Civil Veterinary Department Bengal reports 1923-33 - 1923-1933
Year: 1923
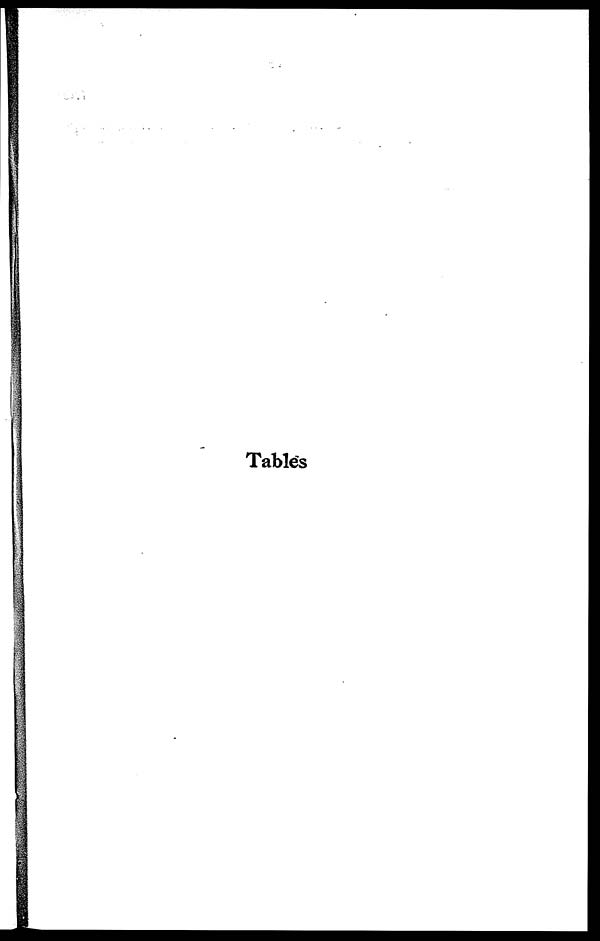
Tables